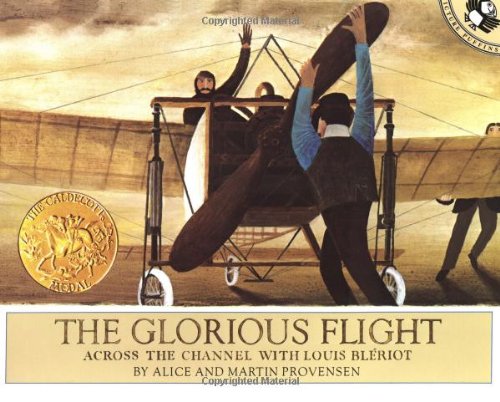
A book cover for The Glorious Flight: Across the Channel with Louis Bleriot July 25, 1909 (Picture Puffins); Alice Provensen; Children's Books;